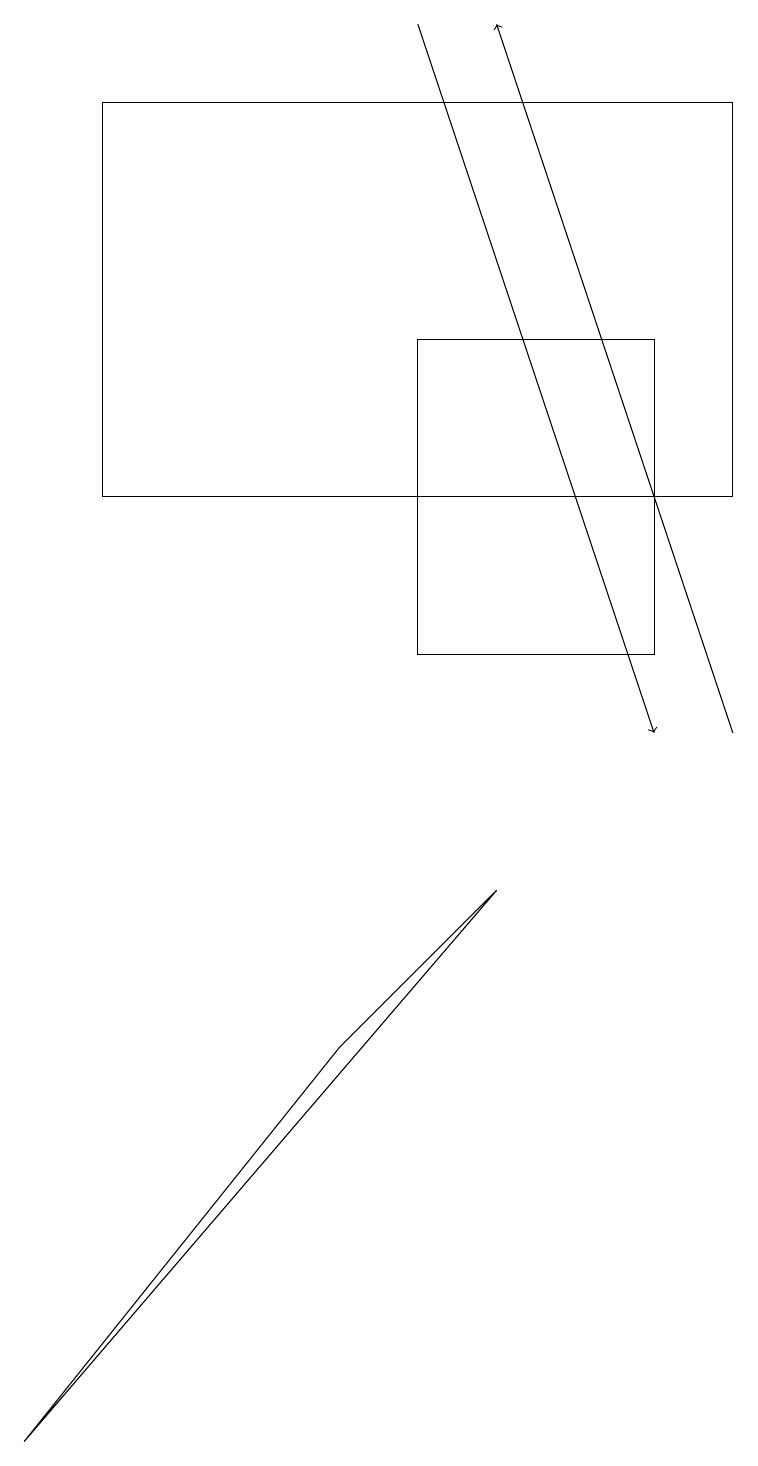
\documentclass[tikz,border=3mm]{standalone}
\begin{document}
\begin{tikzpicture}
\draw (6,8) -- (4,6) -- (0,1) -- cycle;
\draw[->] (9,10) -- (6,19);
\draw[->] (5,19) -- (8,10);
\draw (8,11) rectangle (5,15);
\draw (1,18) rectangle (9,13);
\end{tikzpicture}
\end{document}